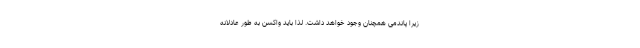
زیرا پاندمی همچنان وجود خواهد داشت. لذا باید واکسن به طور عادلانه